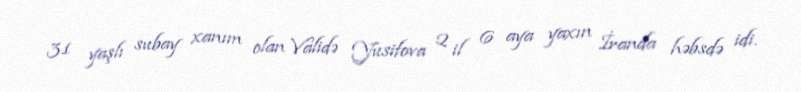
31 yaşlı subay xanım olan Validə Yusifova 2 il 6 aya yaxın İranda həbsdə idi.